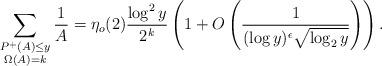
LaTeX: \begin{align*}\sum_{\substack{P^+(A) \le y\\ \Omega(A)=k}} \frac1A = \eta_o(2) \frac{\log^2 y}{2^k} \left(1 + O\left(\frac1{(\log y)^\epsilon \sqrt{\log_2 y}}\right)\right).\end{align*}